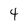
Character: 4